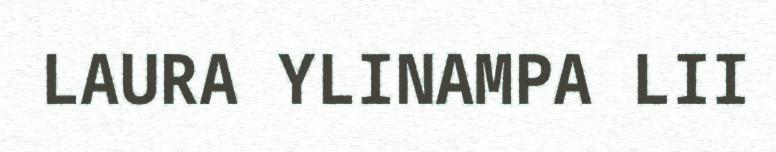
LAURA YLINAMPA LII